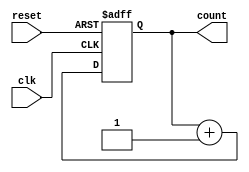
module async_counter (
    input wire clk,          // Clock input
    input wire reset,        // Asynchronous reset
    output reg [n-1:0] count // n-bit count output
);
    parameter n = 3; // Number of bits for the counter (can be changed as needed)

    // Process for the asynchronous counter
    always @(posedge clk or posedge reset) begin
        if (reset) begin
            count <= 0; // Reset the count to 0
        end else begin
            count <= count + 1; // Increment the count
        end
    end
endmodule